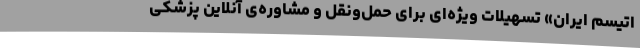
اتیسم ایران» تسهیلات ویژه‌ای برای حمل‌و‌نقل و مشاوره‌ی آنلاین پزشکی